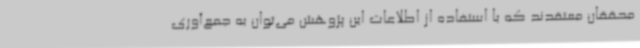
محققان معتقدند که با استفاده از اطلاعات این پژوهش می‌توان به جمع‌آوری